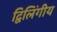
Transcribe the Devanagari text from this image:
द्विलिंगीय